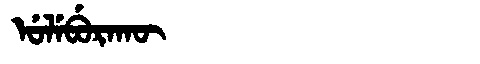
Manchu: ᡠᠯᡝᠪᡠᡵᠠᡴᡡ
Romanization: ULEBURAKŪ